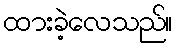
ထားခဲ့လေသည်။